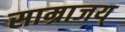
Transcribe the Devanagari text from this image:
साम्राजय्